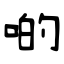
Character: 啲